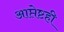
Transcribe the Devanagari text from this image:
आप्तेष्टही